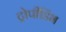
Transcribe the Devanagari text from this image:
ट्रोपीडिंभ